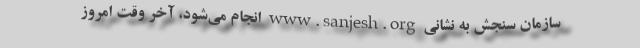
سازمان سنجش به نشانی www.sanjesh.org انجام می‌شود، آخر وقت امروز